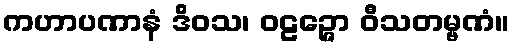
ကဟာပဏာနံ ဒိဝသ၊ ဝဠဉ္ဇော ဝီသတမ္ဗဏံ။